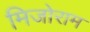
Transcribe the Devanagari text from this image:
मिजोराम